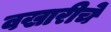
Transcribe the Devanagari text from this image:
वखारीचे